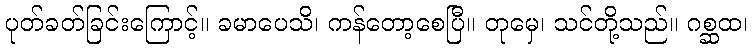
ပုတ်ခတ်ခြင်းကြောင့်။ ခမာပေသိ၊ ကန်တော့စေပြီ။ တုမှေ၊ သင်တို့သည်။ ဂစ္ဆထ၊